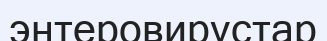
энтеровирустар